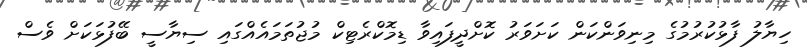
ހިޔާލު ފާޅުކުރުމުގެ މިނިވަންކަން ކަށަވަރު ކޮށްދީފައިވާ ޑިމޮކްރެޓިކް މުޖުތަމައެއްގައި ސިޔާސީ ބޭފުޅަކަށް ވެސް